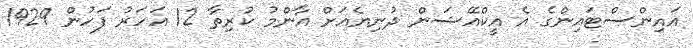
އައިންސްޓައިންގެ އެ އީކްއޭޝަން ދުނިޔެއަށް އާންމު ކުރިތާ 12 އަހަރު ފަހުން 1929